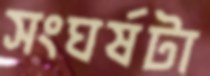
সংঘর্ষটা